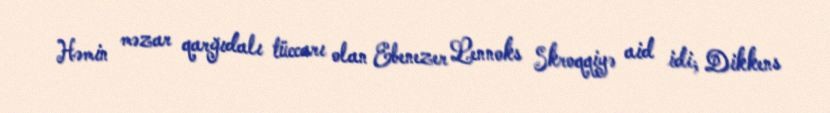
Həmin məzar qarğıdalı tüccarı olan Ebenezer Lennoks Skroqqiyə aid idi; Dikkens